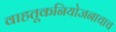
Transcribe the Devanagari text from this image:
वाहतूकनियोजनाचाच